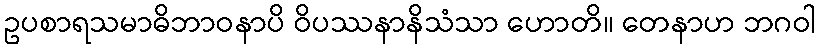
ဥပစာရသမာဓိဘာဝနာပိ ဝိပဿနာနိသံသာ ဟောတိ။ တေနာဟ ဘဂဝါ